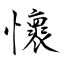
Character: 懷